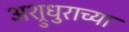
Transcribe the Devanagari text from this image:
अश्रुधुराच्या